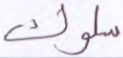
سلوك